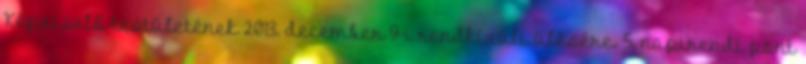
Képviselő-testületének 2013. december 9-i rendkívüli ülésére. 5. napirendi pont